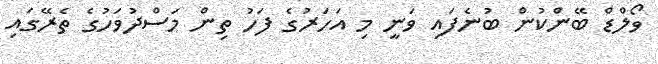
ވޯލްޑް ބޭންކުން ބުނެފައި ވަނީ މި އަހަރުގެ ފަހު ތިން މަސްދުވަހުގެ ތެރޭގައި